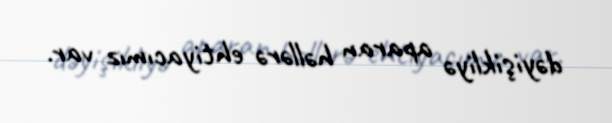
dəyişikliyə aparan həllərə ehtiyacımız var.